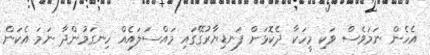
އެހެން ނަމަވެސް ވަކި މީހަކާ ދެކޮޅަށް ފަނޑިޔާރުގޭގައި މައްސަލައެއް ހިނގަމުންދާ ނަމަ އެކަން